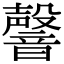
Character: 韾